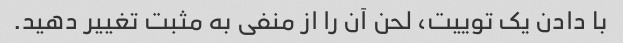
با دادن یک توییت، لحن آن را از منفی به مثبت تغییر دهید.